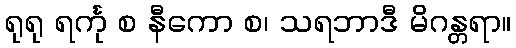
ရုရု ရင်္ကု စ နီကော စ၊ သရဘာဒီ မိဂန္တရာ။